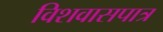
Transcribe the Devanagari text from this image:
विशवासपात्र